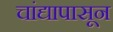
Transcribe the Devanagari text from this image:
चांद्यापासून